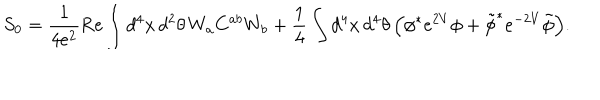
LaTeX: S _ { 0 } = \frac { 1 } { 4 e ^ { 2 } } \mathrm { R e } \int d ^ { 4 } x \, d ^ { 2 } \theta \, W _ { a } C ^ { a b } W _ { b } + \frac { 1 } { 4 } \int d ^ { 4 } x \, d ^ { 4 } \theta \, \Big ( \phi ^ { * } e ^ { 2 V } \phi + \tilde { \phi } ^ { * } e ^ { - 2 V } \tilde { \phi } \Big ) .